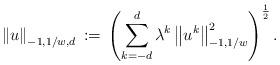
LaTeX: \begin{align*}\left\Vert u \right\Vert_{ -1, 1/w, d}\, :=\, \left(\sum_{ k=-d}^{ d} \lambda^{ k}\left\Vert u^{ k} \right\Vert^{ 2}_{ -1, 1/w}\right)^{ \frac{ 1}{ 2}}.\end{align*}